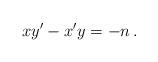
LaTeX: \begin{align*}xy'-x'y=-n\,.\end{align*}